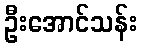
ဦးအောင်သန်း